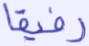
رفيقا